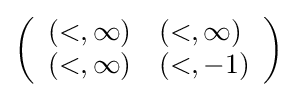
\left({\begin{array}{ll}(<,\infty )&(<,\infty )\\(<,\infty )&(<,-1)\end{array}}\right)